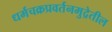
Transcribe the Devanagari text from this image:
धर्मचक्रप्रवर्तनमुद्रेतील